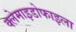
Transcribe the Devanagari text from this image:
क्लेमाइडोफाइला